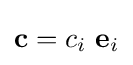
\mathbf {c} =c_{i}~\mathbf {e} _{i}